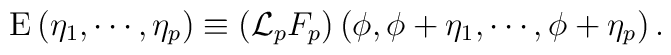
{\rm E} \left( \eta_1, \cdots, \eta_p \right) \equiv\left( {\cal L}_p F_p \right) \left( \phi, \phi + \eta_1,\cdots, \phi + \eta_p \right) .